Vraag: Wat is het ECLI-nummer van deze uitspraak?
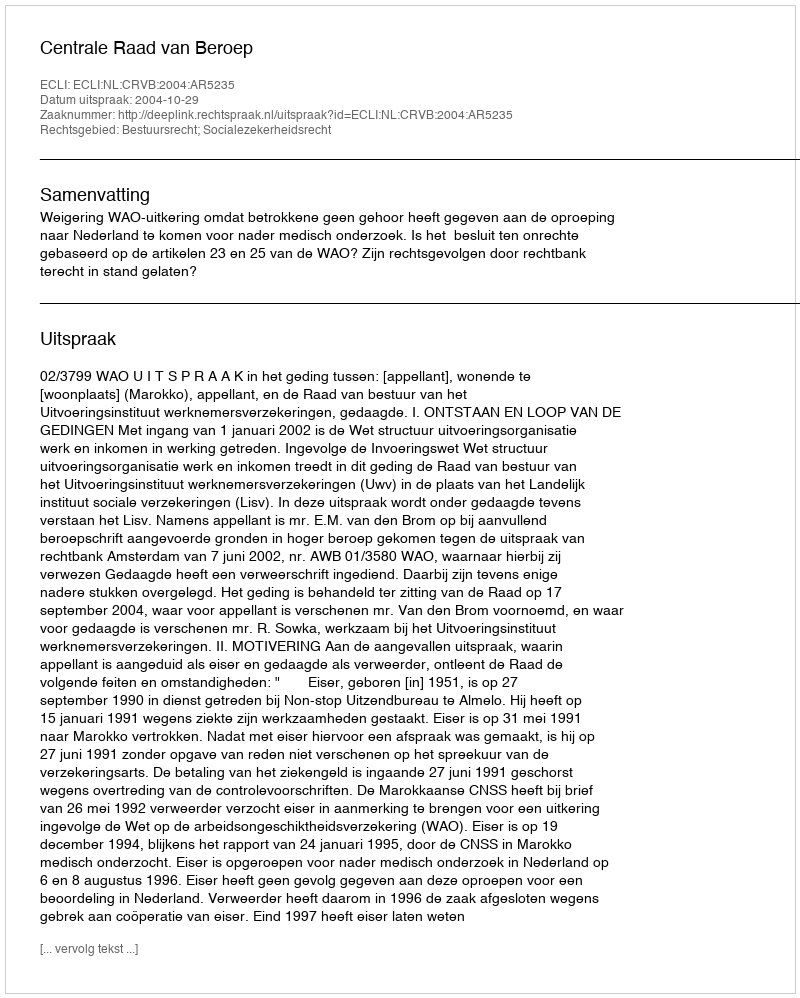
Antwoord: ECLI:NL:CRVB:2004:AR5235